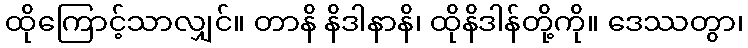
ထိုကြောင့်သာလျှင်။ တာနိ နိဒါနာနိ၊ ထိုနိဒါန်တို့ကို။ ဒေဿတွာ၊